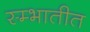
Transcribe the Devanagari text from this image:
स्म्भातीत